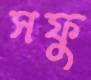
সফু